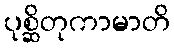
ပုစ္ဆိတုကာမာတိ